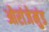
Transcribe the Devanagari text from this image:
ओरांजेमुंड